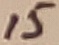
Text: 15